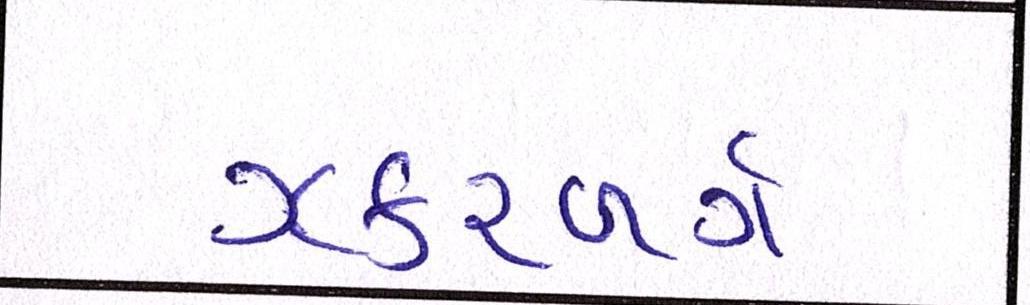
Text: ઝકરબર્ગે